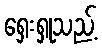
ရှေးရှုသည့်